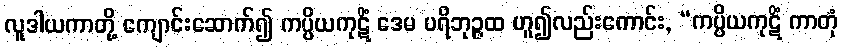
လူဒါယကာတို့ ကျောင်းဆောက်၍ ကပ္ပိယကုဋိံ ဒေမ ပရိဘုဉ္ဇထ ဟူ၍လည်းကောင်း, “ကပ္ပိယကုဋိံ ကာတုံ